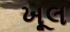
ખૂલ